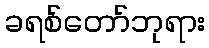
ခရစ်တော်ဘုရား